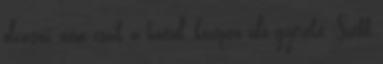
olvasni, nem csak a hátul, középen ülő gyereke. Szebb